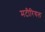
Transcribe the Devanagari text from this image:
मटीरियल